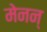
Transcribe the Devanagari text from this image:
मेनन्